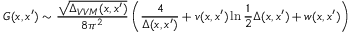
G ( x , x ^ { \prime } ) \sim \frac { \sqrt { \Delta _ { V V M } ( x , x ^ { \prime } ) } } { 8 \pi ^ { 2 } } \left( \frac { 4 } { \Delta ( x , x ^ { \prime } ) } + v ( x , x ^ { \prime } ) \ln \frac { 1 } { 2 } \Delta ( x , x ^ { \prime } ) + w ( x , x ^ { \prime } ) \right)